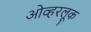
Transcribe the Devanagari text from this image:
ओव्हरलूक